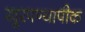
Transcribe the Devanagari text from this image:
खुरपण्यापीक